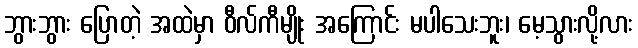
ဘွားဘွား ပြောတဲ့ အထဲမှာ ဝီလ်ကီမျိုး အကြောင်း မပါသေးဘူး၊ မေ့သွားလို့လား